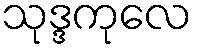
သုဒ္ဒကုလေ